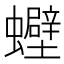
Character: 𧕀